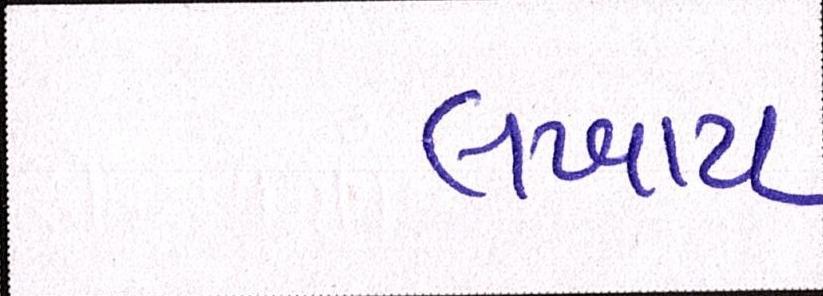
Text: લખાય